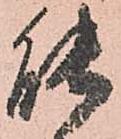
能